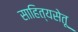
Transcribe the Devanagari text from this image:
साहित्यसेतू